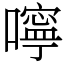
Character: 嚀